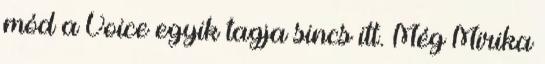
mód a Voice egyik tagja sincs itt. Még Mirika